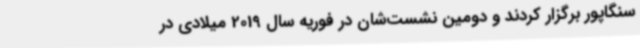
سنگاپور برگزار کردند و دومین نشست‌شان در فوریه سال 2019 میلادی در